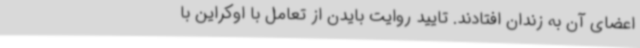
اعضای آن به زندان افتادند. تایید روایت بایدن از تعامل با اوکراین با